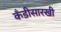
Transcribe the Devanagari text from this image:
कँडीसारखी